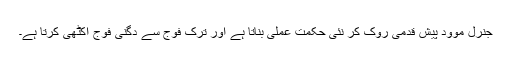
جنرل موود پیش قدمی روک کر نئی حکمت عملی بناتا ہے اور ترک فوج سے دگنی فوج اکٹھی کرتا ہے۔